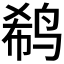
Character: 𱉹